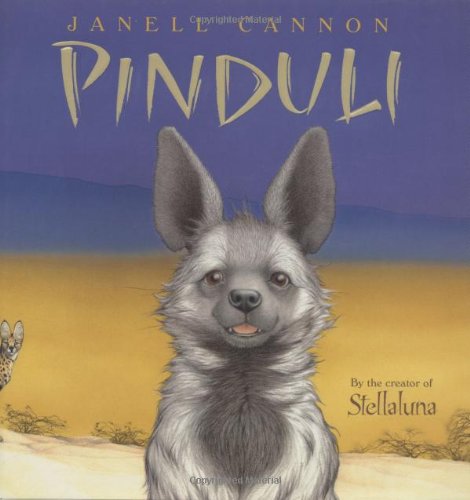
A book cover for Pinduli (ASPCA Henry Bergh Children's Book Awards); Janell Cannon; Children's Books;